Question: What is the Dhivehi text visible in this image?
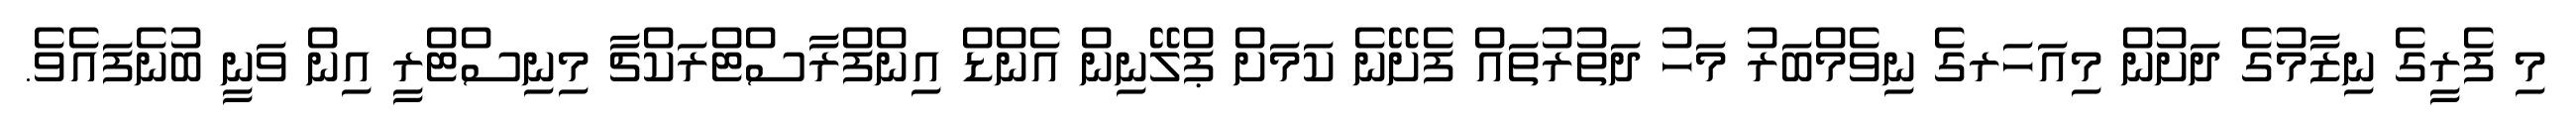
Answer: މި ފެރީގެ ނިޒާމުގެ ދަށުން މިއަހަރގެ ނިވެމްބަރު މަހު ދަތުރުތައް ފެށޭނެ ކަމަށް ޕްލޭނިން އެންޑް އިންފްރާސްޓްރަކްޗާ މިނިސްޓްރީ އިން ވަނީ ބުނެފައެވެ.